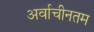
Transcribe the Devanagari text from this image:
अर्वाचीनतम